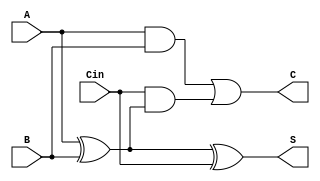
module csa_cell (
    input [3:0] A,      // First operand
    input [3:0] B,      // Second operand
    input [3:0] Cin,    // Carry-in
    output [3:0] S,     // Sum output
    output [3:0] C      // Carry output
);
    assign S = A ^ B ^ Cin;                             // Sum calculation
    assign C = (A & B) | (Cin & (A ^ B));               // Carry calculation
endmodule